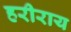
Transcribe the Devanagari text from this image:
हरीराय